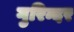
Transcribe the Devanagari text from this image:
गुरिन्दर